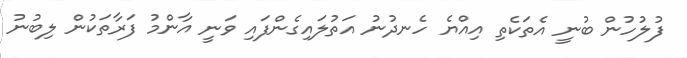
ފުލުހުން ބުނީ އެތަކެތި އިއްޔެ ހެނދުނު އަތުލައިގެންފައި ވަނީ އާންމު ފަރާތަކުން ލިބުނު